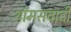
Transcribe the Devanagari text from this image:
थॉमसवादी